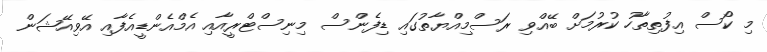
މި ކޯސް އިފުތިތާހު ކުރުމަށް ބޭއްވި ރަސްމިއްޔާތުގައި ޑިފެންސް މިނިސްޓްރީއާއި އެމްއެންޑީއެފާއި އޭވިއޭޝަން